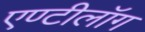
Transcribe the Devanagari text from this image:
एण्टीलॉग